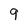
Character: 9